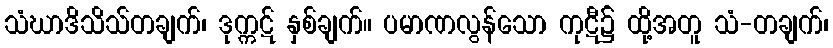
သံဃာဒိသိသ်တချက်၊ ဒုက္ကဋ် နှစ်ချက်။ ပမာဏလွန်သော ကုဋီ၌ ထို့အတူ သံ-တချက်၊